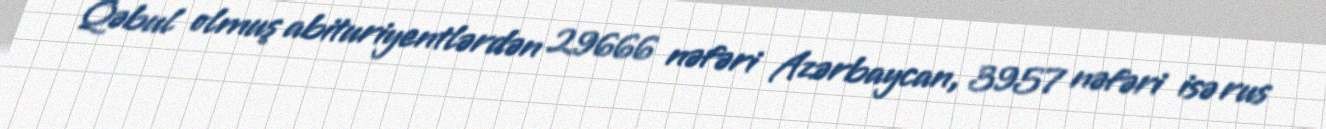
Qəbul olmuş abituriyentlərdən 29666 nəfəri Azərbaycan, 3957 nəfəri isə rus